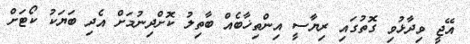
އޭޖީ ވިދާޅުވި ގޮތުގައި ރިޔާސީ އިންތިޚާބެއް ބާތިލު ކޮށްދިނުމަށް އެދި ބަޔަކު ކޯޓަށް